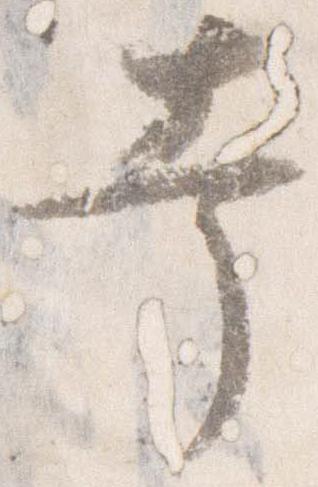
幸